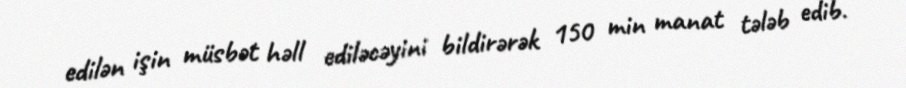
edilən işin müsbət həll ediləcəyini bildirərək 150 min manat tələb edib.